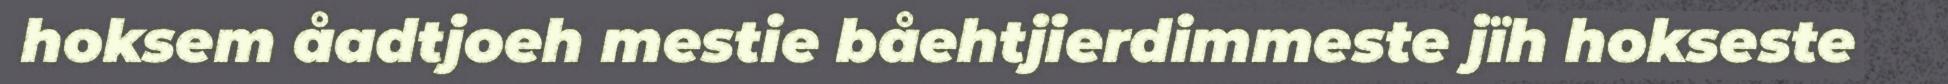
hoksem åadtjoeh mestie båehtjierdimmeste jïh hokseste